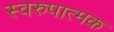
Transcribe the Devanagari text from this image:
स्वरुपात्मक